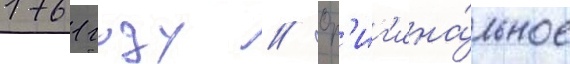
1761 году // Ор'иг'ина́льное